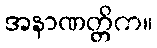
အနာဏတ္တိက။